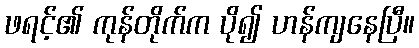
ဖရင့်၏ ကုန်တိုက်က ပို၍ ဟန်ကျနေပြီ။